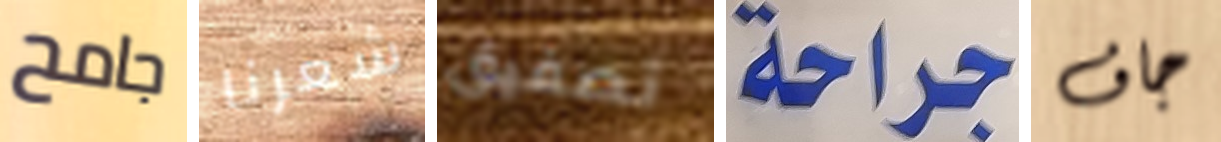
جامح شعرنا تصفيق جراحة جاف